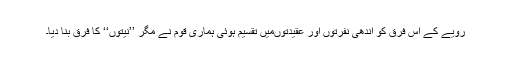
رویے کے اس فرق کو اندھی نفرتوں اور عقیدتوںمیں تقسیم ہوئی ہماری قوم نے مگر ’’نیتوں‘‘ کا فرق بنا دیا۔